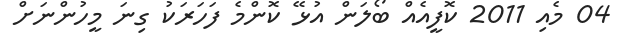
04 މެއި 2011 ކޮފީއެއް ބޯލަން އުޅޭ ކޮންމެ ފަހަރަކު ގިނަ މީހުންނަށް